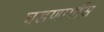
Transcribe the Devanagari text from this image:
घडणार्यास